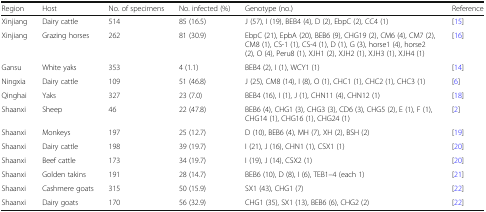
| Region | Host | No. of specimens | No. infected (%) | Genotype (no.) | Reference |
 | --- | --- | --- | --- | --- | --- |
 | Xinjiang | Dairy cattle | 514 | 85 (16.5) | J (57), I (19), BEB4 (4), D (2), EbpC (2), CC4 (1) | [15] |
 | Xinjiang | Grazing horses | 262 | 81 (30.9) | EbpC (21), EpbA (20), BEB6 (9), CHG19 (2), CM6 (4), CM7 (2), CM8 (1), CS-1 (1), CS-4 (1), D (1), G (3), horse1 (4), horse2 (2), O (4), Peru8 (1), XJH1 (2), XJH2 (1), XJH3 (1), XJH4 (1) | [16] |
 | Gansu | White yaks | 353 | 4 (1.1) | BEB4 (2), I (1), WCY1 (1) | [14] |
 | Ningxia | Dairy cattle | 109 | 51 (46.8) | J (25), CM8 (14), I (8), O (1), CHC1 (1), CHC2 (1), CHC3 (1) | [6] |
 | Qinghai | Yaks | 327 | 23 (7.0) | BEB4 (16), I (1), J (1), CHN11 (4), CHN12 (1) | [18] |
 | Shaanxi | Sheep | 46 | 22 (47.8) | BEB6 (4), CHG1 (3), CHG3 (3), CD6 (3), CHG5 (2), E (1), F (1), CHG14 (1), CHG16 (1), CHG24 (1) | [2] |
 | Shaanxi | Monkeys | 197 | 25 (12.7) | D (10), BEB6 (4), MH (7), XH (2), BSH (2) | [19] |
 | Shaanxi | Dairy cattle | 198 | 39 (19.7) | I (21), J (16), CHN1 (1), CSX1 (1) | [20] |
 | Shaanxi | Beef cattle | 173 | 34 (19.7) | I (19), J (14), CSX2 (1) | [20] |
 | Shaanxi | Golden takins | 191 | 28 (14.7) | BEB6 (10), D (8), I (6), TEB1–4 (each 1) | [21] |
 | Shaanxi | Cashmere goats | 315 | 50 (15.9) | SX1 (43), CHG1 (7) | [22] |
 | Shaanxi | Dairy goats | 170 | 56 (32.9) | CHG1 (35), SX1 (13), BEB6 (6), CHG2 (2) | [22] |